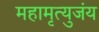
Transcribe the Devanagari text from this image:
महामृत्युजंय